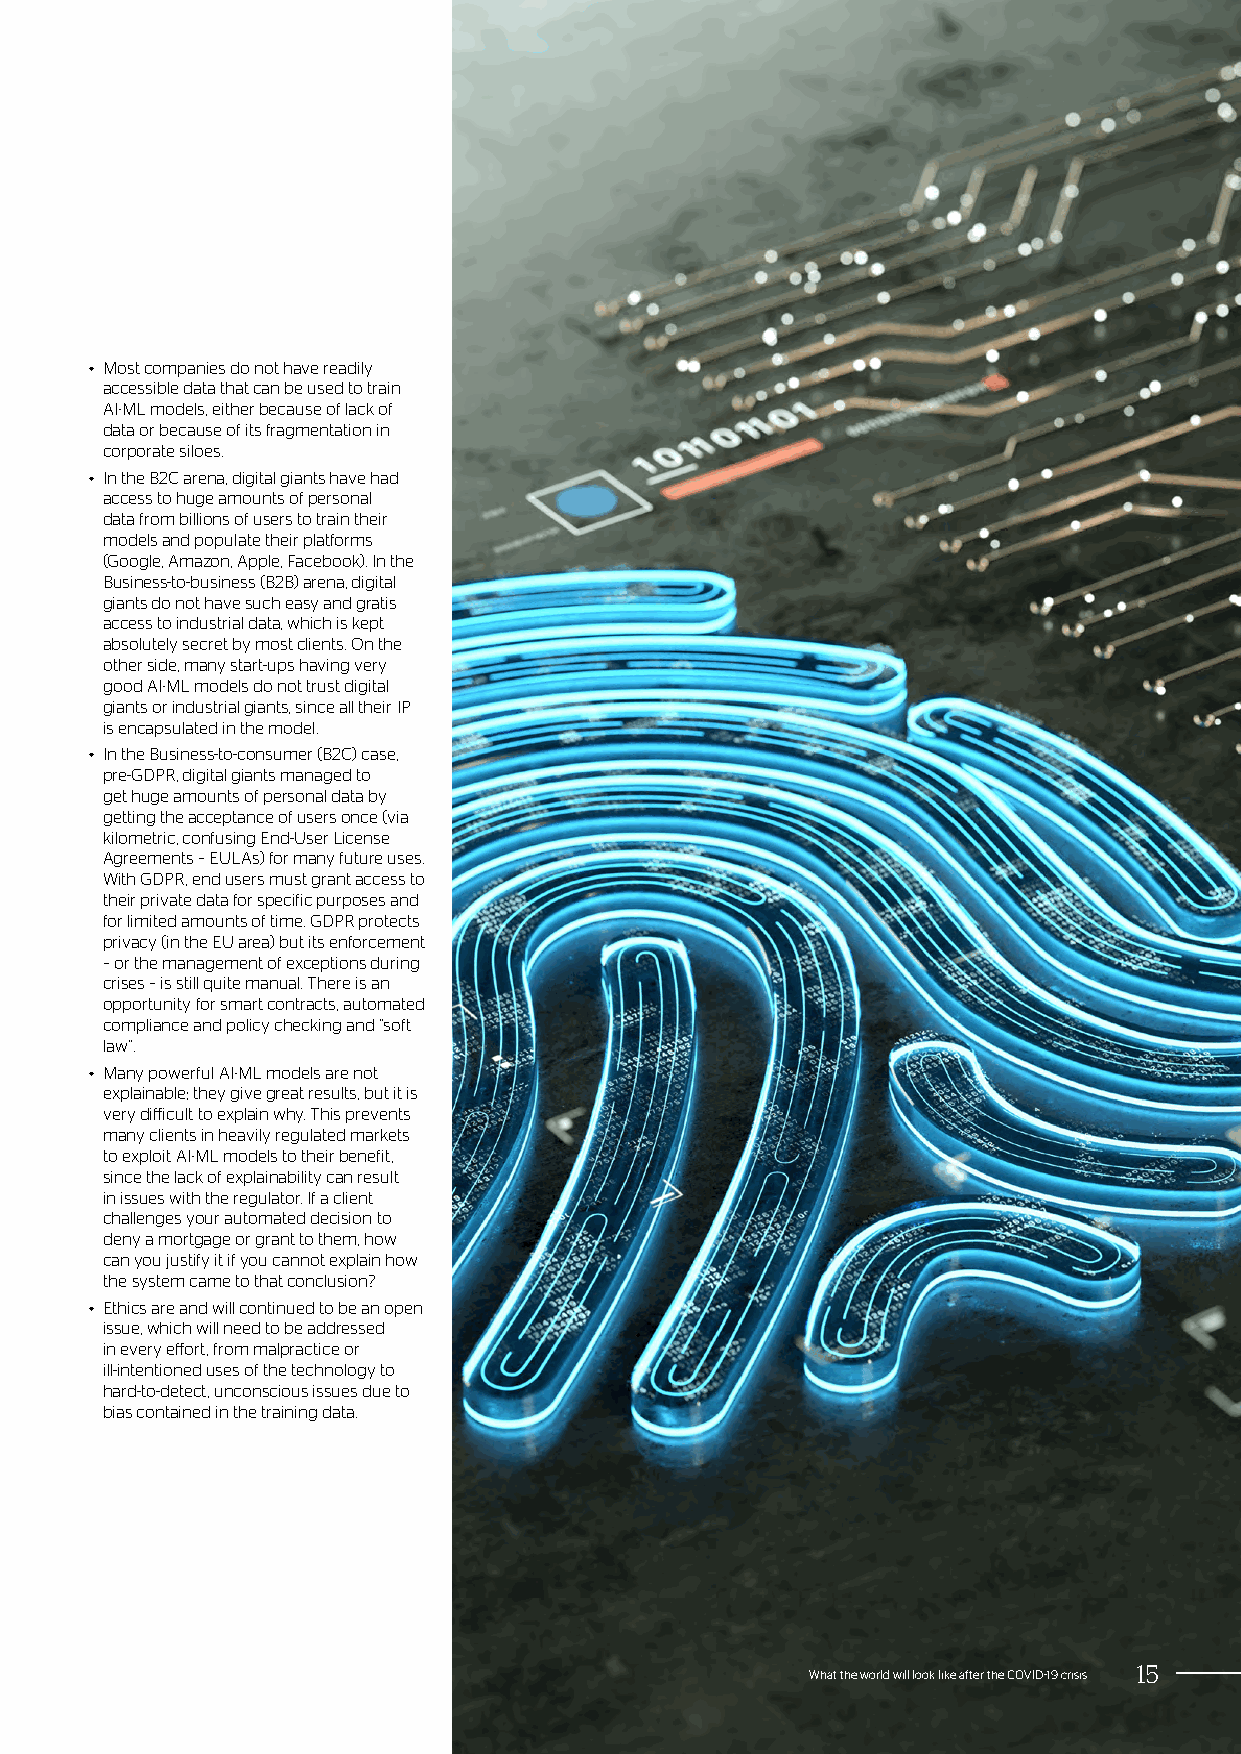
• Most companies do not have readily
 accessible data that can be used to train
 AI-ML models, either because of lack of
 data or because of its fragmentation in
 corporate siloes.
 • In the B2C arena, digital giants have had
 access to huge amounts of personal
 data from billions of users to train their
 models and populate their platforms
 (Google, Amazon, Apple, Facebook). In the
 Business-to-business (B2B) arena, digital
 giants do not have such easy and gratis
 access to industrial data, which is kept
 absolutely secret by most clients. On the
 other side, many start-ups having very
 good AI-ML models do not trust digital
 giants or industrial giants, since all their IP
 is encapsulated in the model.
 • In the Business-to-consumer (B2C) case,
 pre-GDPR, digital giants managed to
 get huge amounts of personal data by
 getting the acceptance of users once (via
 kilometric, confusing End-User License
 Agreements – EULAs) for many future uses.
 With GDPR, end users must grant access to
 their private data for specific purposes and
 for limited amounts of time. GDPR protects
 privacy (in the EU area) but its enforcement
 – or the management of exceptions during
 crises – is still quite manual. There is an
 opportunity for smart contracts, automated
 compliance and policy checking and “soft
 law”.
 • Many powerful AI-ML models are not
 explainable; they give great results, but it is
 very difficult to explain why. This prevents
 many clients in heavily regulated markets
 to exploit AI-ML models to their benefit,
 since the lack of explainability can result
 in issues with the regulator. If a client
 challenges your automated decision to
 deny a mortgage or grant to them, how
 can you justify it if you cannot explain how
 the system came to that conclusion?
 • Ethics are and will continued to be an open
 issue, which will need to be addressed
 in every effort, from malpractice or
 ill-intentioned uses of the technology to
 hard-to-detect, unconscious issues due to
 bias contained in the training data.
 What the world will look like after the COVID-19 crisis 15